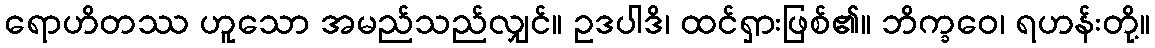
ရောဟိတဿ ဟူသော အမည်သည်လျှင်။ ဥဒပါဒိ၊ ထင်ရှားဖြစ်၏။ ဘိက္ခဝေ၊ ရဟန်းတို့။